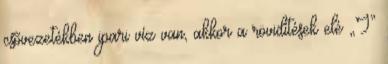
csõvezetékben ipari víz van, akkor a rövidítések elé „I”